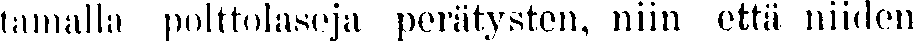
tiimalla polttotasoja perätysten, niin että niiden